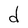
Character: d